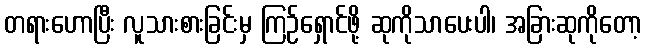
တရားဟောပြီး လူသားစားခြင်းမှ ကြဉ်ရှောင်ဖို့ ဆုကိုသာပေးပါ၊ အခြားဆုကိုတော့